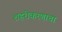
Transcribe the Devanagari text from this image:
शहरीकरणाचा